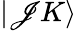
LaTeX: |\mathscr{J}K\rangle